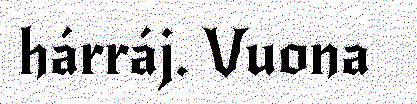
hárráj. Vuona